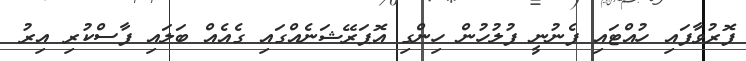
ފޮރުވާފައި ހުއްޓައި ފެނުނީ ފުލުހުން ހިންގި އޮޕަރޭޝަނެއްގައި ގެއެއް ބަލައި ފާސްކުރި އިރު